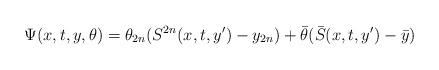
LaTeX: \begin{align*}\Psi(x,t,y,\theta)=\theta_{2n}(S^{2n}(x,t,y')-y_{2n}) +\bar\theta (\bar S (x,t,y') -\bar y)\end{align*}